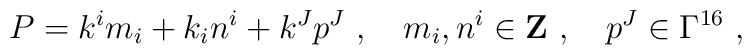
P=k^i m_i +k_i n^i +k^J p^J  ~,~~~m_i ,n^i \in {\bf Z}~,~~~ p^J \in \Gamma^{16}~,